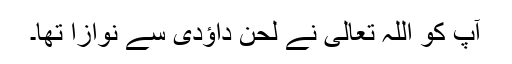
آپ کو اللہ تعالی نے لحن داؤدی سے نوازا تھا۔